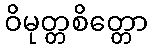
ဝိမုတ္တစိတ္တော